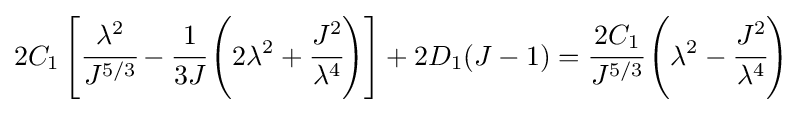
2C_{1}\left[{\cfrac {\lambda ^{2}}{J^{5/3}}}-{\cfrac {1}{3J}}\left(2\lambda ^{2}+{\cfrac {J^{2}}{\lambda ^{4}}}\right)\right]+2D_{1}(J-1)={\cfrac {2C_{1}}{J^{5/3}}}\left(\lambda ^{2}-{\cfrac {J^{2}}{\lambda ^{4}}}\right)